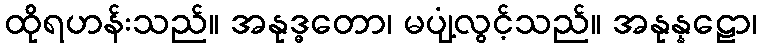
ထိုရဟန်းသည်။ အနုဒ္ဓတော၊ မပျံ့လွင့်သည်။ အနုန္နဠော၊